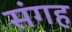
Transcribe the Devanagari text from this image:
संगह